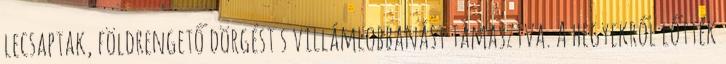
lecsaptak, földrengető dörgést s villámlobbanást támasztva. A hegyekről lőtték